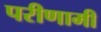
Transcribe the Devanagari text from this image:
परीणामी